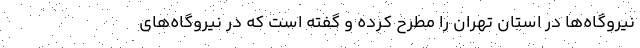
نیروگاه‌‌ها در استان تهران را مطرح کرده و گفته است که در نیروگاه‌های